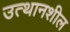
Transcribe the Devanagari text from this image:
उत्थानशील